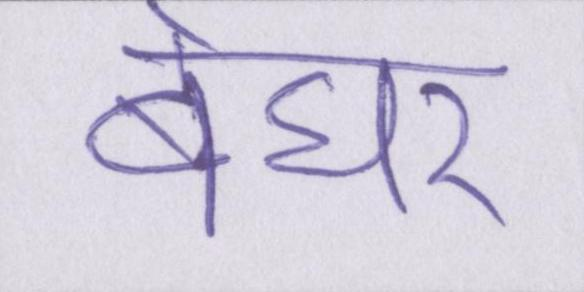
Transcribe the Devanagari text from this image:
बेघर